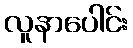
လူနာပေါင်း